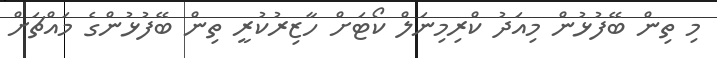
މި ތިން ބޭފުޅުން މިއަދު ކްރިމިނަލް ކޯޓަށް ހާޒިރުކުރީ ތިން ބޭފުޅުންގެ މައްޗަށް